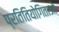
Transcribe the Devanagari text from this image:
प्रतितियोगिताओं